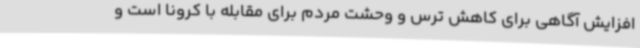
افزایش آگاهی برای کاهش ترس و وحشت مردم برای مقابله با کرونا است و